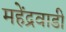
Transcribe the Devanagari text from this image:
महेंद्रवाडी